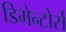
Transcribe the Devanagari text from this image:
डिमेन्टोर्स